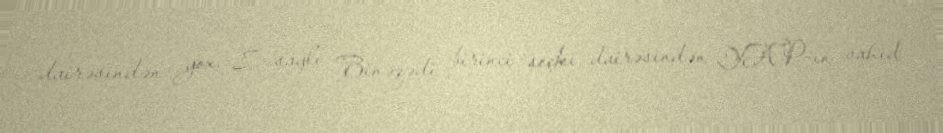
dairəsindən yox, 8 saylı Binəqədi birinci seçki dairəsindən YAP-ın vahid